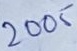
Text: 2005